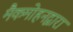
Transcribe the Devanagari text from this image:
मैकमोहनद्वारा